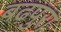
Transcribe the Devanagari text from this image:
बढ़पुरा